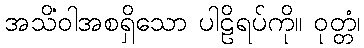
အသိံဝါအစရှိသော ပါဠိရပ်ကို။ ဝုတ္တံ၊